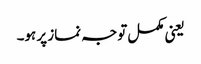
یعنی مکمل توجہ نماز پر ہو۔